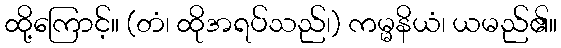
ထို့ကြောင့်။ (တံ၊ ထိုအရပ်သည်၊) ကမ္မနိယံ၊ ယမည်၏။